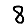
Digit: 8